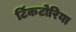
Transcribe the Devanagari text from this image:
टिंकटोरिया